Vaccination United Provinces of Agra and Oudh 1902-1913 - 1902-1913
Year: 1902
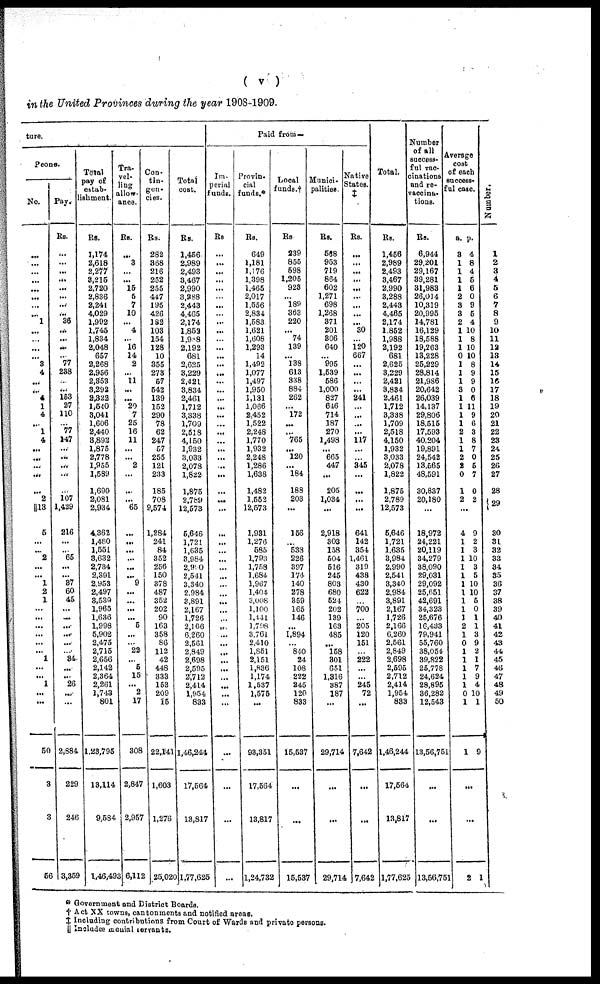
( v )
in the United Provinces during the year 1908-1909.
ture.
Peons.
No.
...
...
...
...
...
...
...
...
1
...
...
...
...
3
4
...
...
4
1
4
...
1
4
...
. ..
...
...
2
13
5
...
...
2
...
...
1
2
1
...
...
...
...
...
...
1
...
...
1
...
...
50
3
3
56
Pay.
Rs.
...
...
...
...
...
...
...
...
36
...
...
...
...
77
238
...
...
153
27
110
...
77
147
...
...
...
...
...
107
1,429
216
...
...
65
...
...
37
60
45
...
...
...
...
...
...
34
...
...
26
...
...
2,884
229
246
3,359
Total
pay of
estab¬
lishment.
Rs.
1,174
2,618
2,277
3,215
2,720
2,836
2,241
4,029
1,992
1,745
1,834
2,048
657
2,268
2,956
2,853
3,292
2,322
1,540
3,041
1,606
2,440
3,892
1,875
2,778
1,955
1,589
1,690
2,081
2,934
4,362
1,480
1,551
3,632
2,734
2,391
2,953
2,497
3,539
1,965
1,636
1,998
5,902
2,475
2,715
2,656
2,142
2,364
2,261
1,743
801
1,23,795
13,114
9,584
1,46,493
Tra¬
vel-
ling
allow-
ance.
Rs.
...
3
...
...
15
5
7
10
...
4
...
16
14
2
...
11
...
...
20
7
25
16
11
...
...
2
...
...
...
65
...
...
...
...
...
...
9
...
...
...
...
5
...
...
22
...
5
15
...
2
17
308
2,847
2,957
6,112
Con¬
tin¬
gen¬
cies.
Rs.
282
368
216
252
255
447
195
426
182
103
154
128
10
355
273
57
542
139
152
290
78
62
247
57
255
121
233
185
708
9,574
1,284
241
84
352
256
150
378
487
352
202
90
163
358
86
112
42
448
333
153
209
15
22,141
1,603
1,276
25,020
Total
cost.
Rs.
1,456
2,989
2,493
3,467
2,990
3,888
2,443
4,465
2,174
1,852
1,988
2,192
681
2,625
3,229
2,421
3,834
2,461
1,712
3,338
1,709
2,518
4,150
1,932
3,033
2,078
1,822
1,875
2,789
12,573
5,646
1,721
1,635
3,984
2,950
2,541
3,340
2,984
3,891
2,167
1,726
2,166
6,260
2,561
2,849
2,698
2,595
2,712
2,414
1,954
833
1,46,244
17,564
13,817
1,77,625
Paid from —
Im¬
perial
funds.
Rs.
...
...
...
...
...
...
...
...
...
...
...
...
...
...
...
...
...
...
...
...
...
...
...
...
...
...
...
...
...
...
...
...
...
...
...
...
...
...
...
...
...
...
...
...
...
...
...
...
...
...
...
...
...
...
Provin¬
cial
funds.*
Rs.
649
1,181
1,176
1,398
1,465
2,017
1,556
2,834
1,583
1,621
1,608
1,293
14
1,492
1,077
1,497
1,950
1,131
1,066
2,452
1,522
2,248
1,770
1,932
2,248
1,286
1,638
1,482
1,552
12,573
1,931
1,276
585
1,793
1,758
1,684
1,967
1,404
3,008
1,100
1,441
1,798
3,761
2,410
1,851
2,151
1,836
1,174
1,537
1,575
...
93,351
17,564
13,817
1,24,732
Local
funds.†
Rs.
239
855
598
1,205
923
...
189
363
220
...
74
139
...
138
613
338
884
262
...
172
...
...
765
...
120
...
184
188
203
...
156
...
538
226
397
174
140
278
359
165
146
...
1,894
...
840
24
108
222
245
120
833
15,537
...
...
15,537
Munici¬
palities.
Rs.
568
953
719
864
602
1,271
698
1,268
371
201
306
640
...
995
1,539
586
1,000
827
646
714
187
270
1,498
...
665
447
...
205
1,034
...
2,918
303
158
504
516
245
803
680
524
202
139
163
485
...
158
301
651
1,316
387
187
...
29,714
...
...
29,714
Native
States.
‡
Rs.
...
...
...
...
...
...
...
...
...
30
...
120
667
...
...
...
...
241
...
...
...
...
117
...
...
345
...
...
...
...
641
142
354
1,461
319
438
430
622
...
700
...
205
120
151
...
222
...
...
245
72
...
7,642
...
...
7,642
Total.
Rs.
1,456
2,989
2,493
3,467
2,990
3,283
2,443
4,465
2,174
1,852
1,988
2,192
681
2,625
3,229
2,421
3,834
2,461
1,712
3,338
1,709
2,518
4,150
1,932
3,033
2,078
1,822
1,875
2,789
12,573
5,646
1,721
1,635
3,984
2,990
2,541
3,340
2,984
3,891
2,167
1,726
2,166
6,260
2,561
2,849
2,698
2,595
2,712
2,414
1,954
833
1,46,244
17,564
13,817
1,77,625
Number
of all
success-
ful vac¬
cinations
and re¬
vaccina¬
tions.
Rs.
6,944
29,201
29,167
39,281
31,983
26,014
10,319
20,995
14,781
16,129
18,588
19,263
13,228
25,229
28,814
21,986
20,642
26,039
14,137
29,806
18,515
17,593
40,204
19,891
24,542
13,565
48,591
30,837
20,180
...
18,972
24,221
20,119
34,279
38,090
29,031
29,092
25,651
42,691
34,328
25,676
16,433
79,941
55,760
38,054
39,822
25,778
24,624
28,895
36,282
12,543
13,56,75
...
...
13,56,751
Average
cost
of each
success¬
ful case.
a.
3
1
1
1
1
2
3
3
2
1
1
1
0
1
1
1
3
1
1
1
1
2
1
1
2
2
0
1
2
p.
4
8
4
5
6
0
9
5
4
10
8
10
10
8
9
9
0
6
11
9
6
3
8
7
0
5
7
0
2
...
4
1
1
1
1
1
1
1
1
1
1
2
1
0
1
1
1
1
1
0 1
1
...
...
2
9
2
3
10
3
5
10
10
4
0
1
1
3
9
2
1
7
9
4
10
1
9
..
...
1
Number.
1
2
3
4
5
6
7
8
9
10
11
12
13
14
15
16
17
18
19
20
21
22
23
24
25
26
27
28
29
30
31
32
33
34
35
36
37
38
39
40
41
42
43
44
45
46
47
48
49
50
* Government and District Boards.
† Act XX towns, cantonments and notified areas.
‡ Including contributions from Court of Wards and private persons.
¶ Includes menial servants.